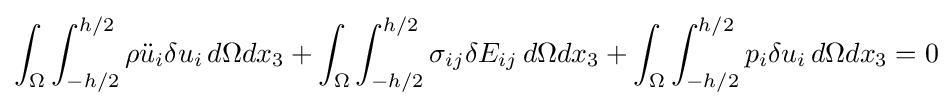
\int _{\Omega }\int _{-h/2}^{h/2}\rho {\ddot {u}}_{i}\delta u_{i}\,d\Omega dx_{3}+\int _{\Omega }\int _{-h/2}^{h/2}\sigma _{ij}\delta E_{ij}\,d\Omega dx_{3}+\int _{\Omega }\int _{-h/2}^{h/2}p_{i}\delta u_{i}\,d\Omega dx_{3}=0